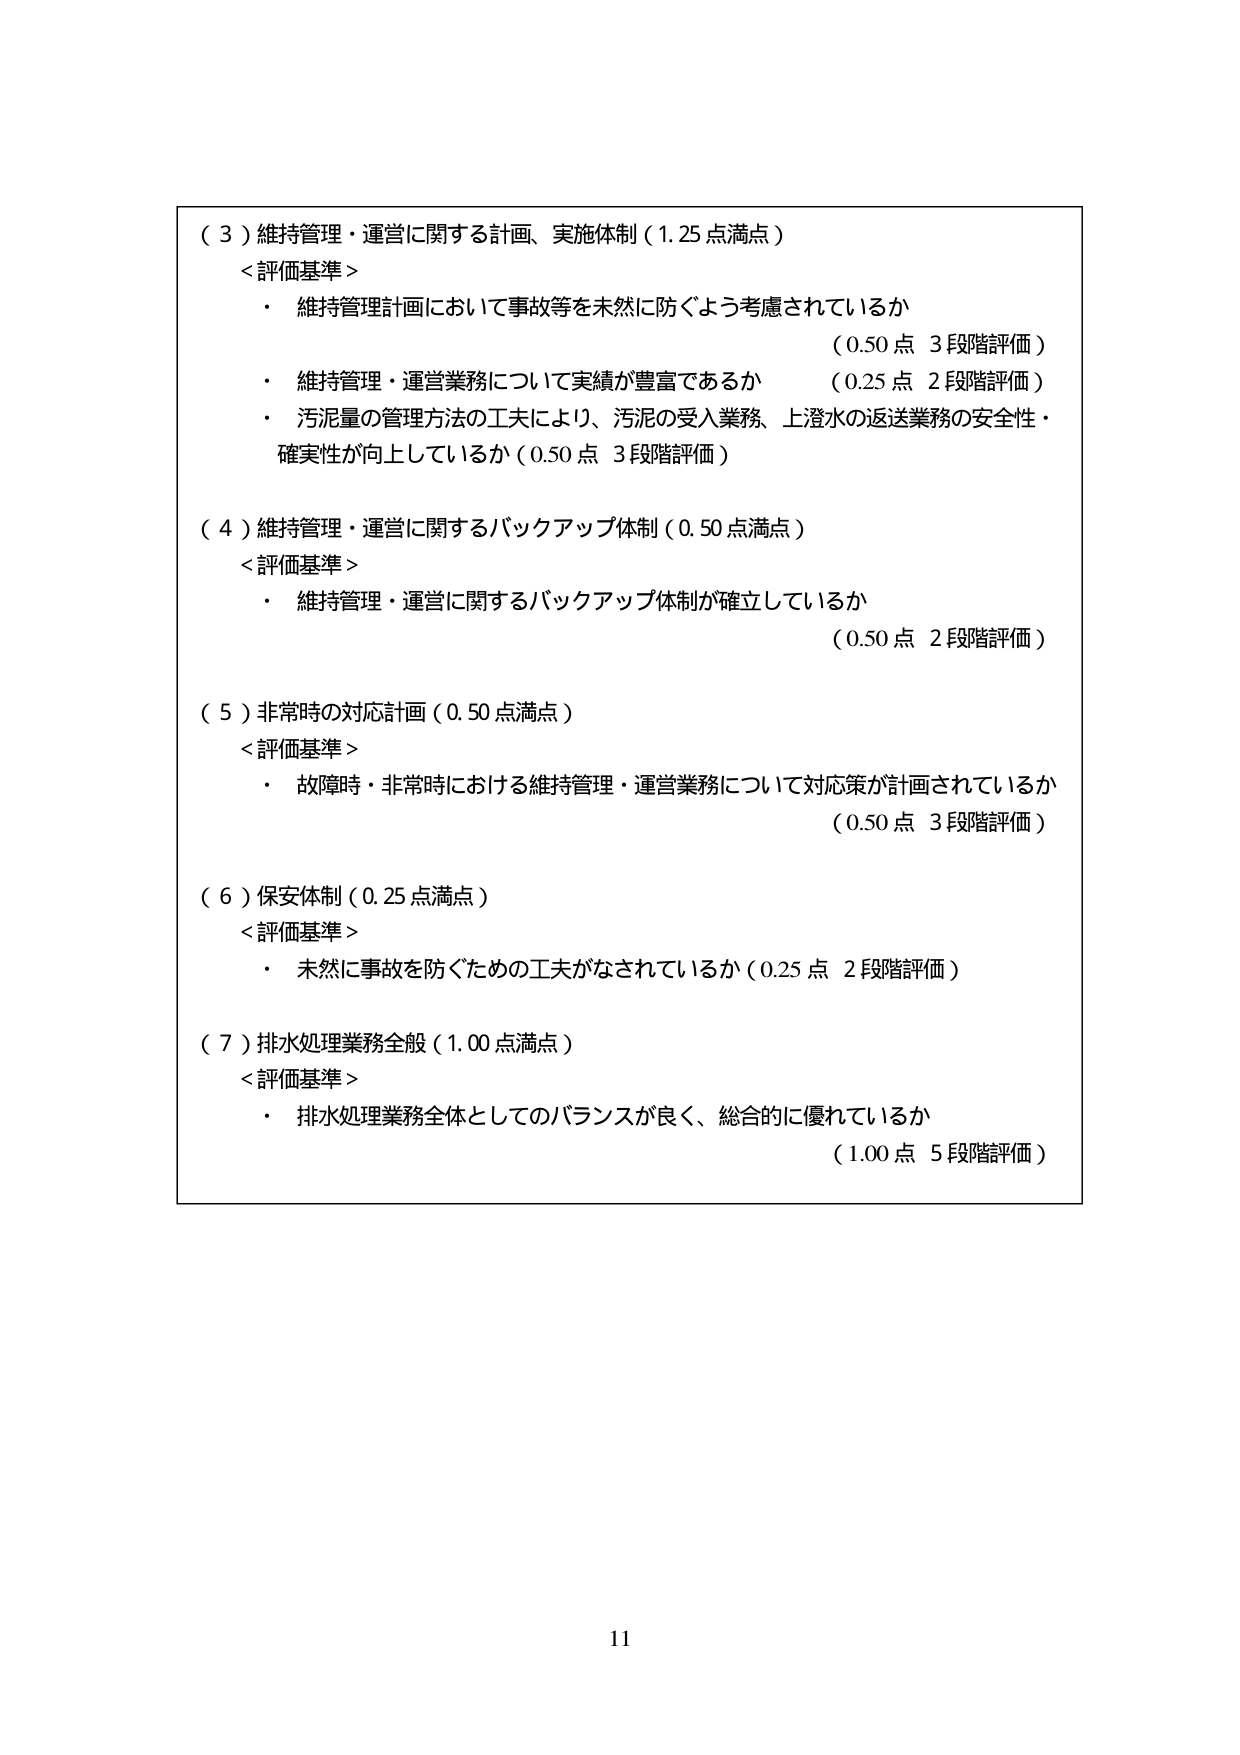
（３）維持管理・運営に関する計画、実施体制（1.25点満点）
＜評価基準＞
・ 維持管理計画において事故等を未然に防ぐよう考慮されているか （0.50点 3段階評価）
・ 維持管理・運営業務について実績が豊富であるか （0.25点 2段階評価）
・ 汚泥量の管理方法の工夫により、汚泥の受入業務、上澄水の返送業務の安全性・確実性が向上しているか（0.50点 3段階評価）

（４）維持管理・運営に関するバックアップ体制（0.50点満点）
＜評価基準＞
・ 維持管理・運営に関するバックアップ体制が確立しているか （0.50点 2段階評価）

（５）非常時の対応計画（0.50点満点）
＜評価基準＞
・ 故障時・非常時における維持管理・運営業務について対応策が計画されているか （0.50点 3段階評価）

（６）保安体制（0.25点満点）
＜評価基準＞
・ 未然に事故を防ぐための工夫がなされているか（0.25点 2段階評価）

（７）排水処理業務全般（1.00点満点）
＜評価基準＞
・ 排水処理業務全体としてのバランスが良く、総合的に優れているか （1.00点 5段階評価）

11